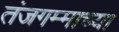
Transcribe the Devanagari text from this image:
तंजगम्माच्या